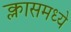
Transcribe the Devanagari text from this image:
क्लासमध्ये